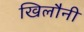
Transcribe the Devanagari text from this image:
खिलौनी